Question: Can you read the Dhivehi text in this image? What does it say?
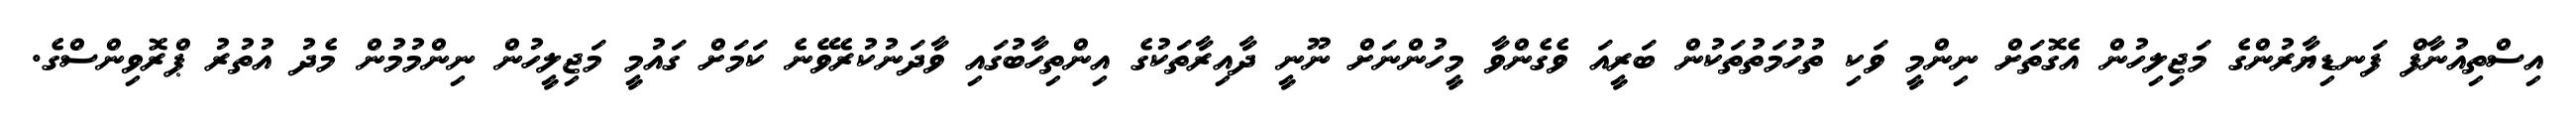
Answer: އިސްތިއުނާފް ފަނޑިޔާރުންގެ މަޖިލިހުން އެގޮތަށް ނިންމީ ވަކި ތުހުމަތުތަކުން ބަރީއަ ވެގެންވާ މީހުންނަށް ނޫނީ ދާއިރާތަކުގެ އިންތިހާބުގައި ވާދަނުކުރެވޭނެ ކަމަށް ގައުމީ މަޖިލީހުން ނިންމުމުން މެދު އުތުރު ޕްރޮވިންސްގެ.